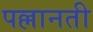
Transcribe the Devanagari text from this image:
पल्लानती